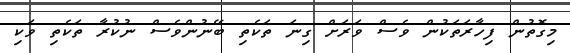
މިގޮތުން ފިހާރަތަކުން ވެސް ވަރަށް ގިނަ ތަކެތި ބޭނުންވެސް ނުކުރާ ތަކެތި ވަކި